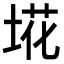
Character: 埖